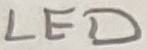
Text: LED